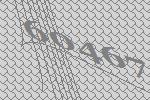
60467